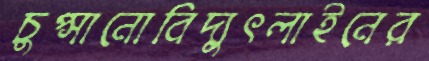
চুপ্‌সানোবিদ্যুৎলাইনের